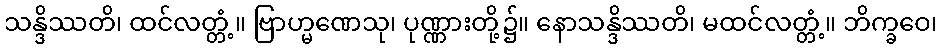
သန္ဒိဿတိ၊ ထင်လတ္တံ့။ ဗြာဟ္မဏေသု၊ ပုဏ္ဏားတို့၌။ နောသန္ဒိဿတိ၊ မထင်လတ္တံ့။ ဘိက္ခဝေ၊